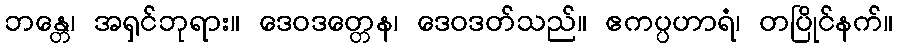
ဘန္တေ၊ အရှင်ဘုရား။ ဒေဝဒတ္တေန၊ ဒေဝဒတ်သည်။ ဧကပ္ပဟာရံ၊ တပြိုင်နက်။